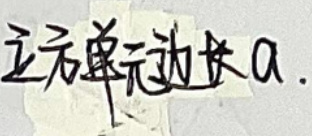
立方单元边长\(a\).